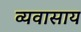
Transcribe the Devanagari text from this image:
व्यवासाय